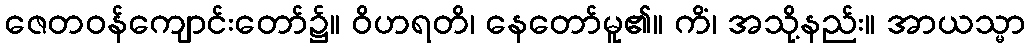
ဇေတဝန်ကျောင်းတော်၌။ ဝိဟရတိ၊ နေတော်မူ၏။ ကိံ၊ အသို့နည်း။ အာယသ္မာ